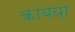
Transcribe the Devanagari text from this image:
कांबया